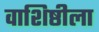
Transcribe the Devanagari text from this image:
वाशिष्ठीला